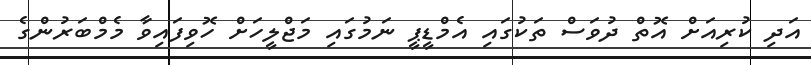
އަދި ކުރިއަށް އޮތް ދުވަސް ތަކުގައި އެމްޑީޕީ ނަމުގައި މަޖްލީހަށް ހޮވިފައިވާ މެމްބަރުންގެ